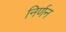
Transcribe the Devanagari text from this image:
निर्णन